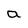
Character: a